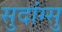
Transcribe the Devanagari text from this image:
सुदांग्सु